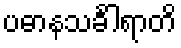
ပဓာနသင်္ခါရာတိ